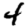
Digit: 4